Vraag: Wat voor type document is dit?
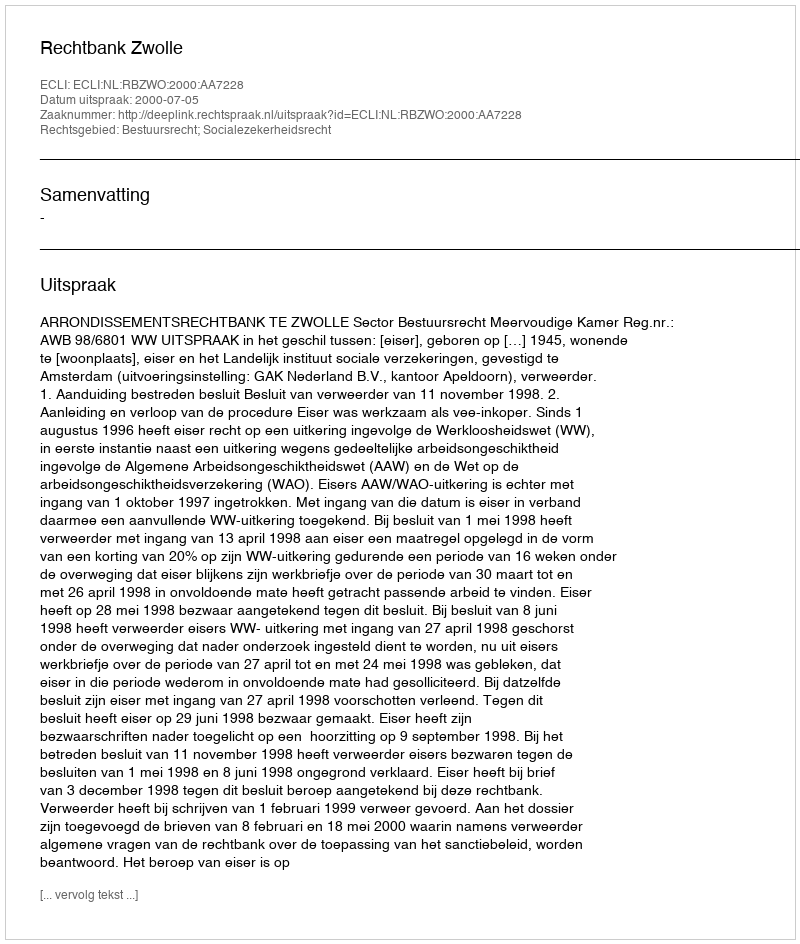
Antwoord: Uitspraak